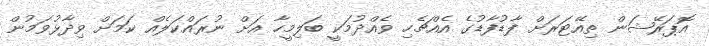
އޮޕަރޭޝަން ތިއޭޓަރަށް ފާޑުފާޑުގެ އެއްޗެހި ވެއްދުމަކީ ބަލިމީހާ އަށް ނުރައްކަލެއް ކަމަށް ވިދާޅުވަމުން